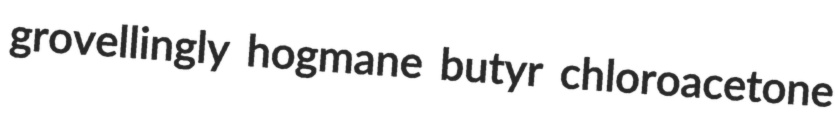
grovellingly hogmane butyr chloroacetone